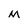
Character: M